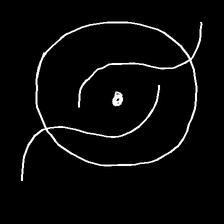
Glyph: repetition